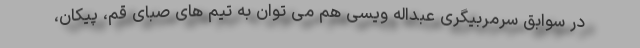
در سوابق سرمربیگری عبداله ویسی هم می توان به تیم های صبای قم، پیکان،